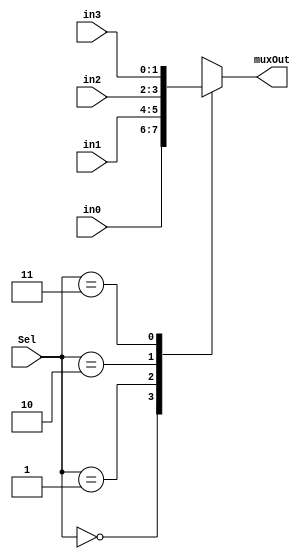
module mux4to1_2bit(input [1:0] in0, input [1:0] in1, input [1:0] in2, input [1:0] in3, input [1:0] Sel, output reg [1:0] muxOut);
	always @ (in0,in1,in2,in3,Sel)
	begin
		case(Sel)
			2'b00:	muxOut=in0;
			2'b01:	muxOut=in1;
			2'b10:	muxOut=in2;
			2'b11:	muxOut=in3;
		endcase
	end
endmodule